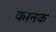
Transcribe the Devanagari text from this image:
करनक